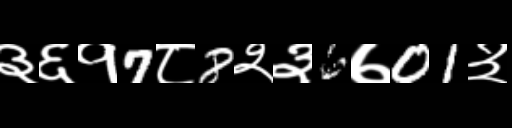
Text: ३६१7८8२३6७01३